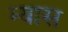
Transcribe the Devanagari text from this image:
म्यास